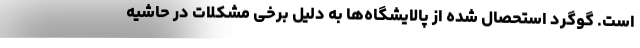
است. گوگرد استحصال شده از پالایشگاه‌ها به دلیل برخی مشکلات در حاشیه